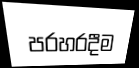
පරහරදීම